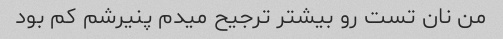
من نان تست رو بیشتر ترجیح میدم پنیرشم کم بود